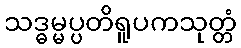
သဒ္ဓမ္မပ္ပတိရူပကသုတ္တံ